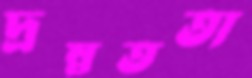
দ্রম্নততা